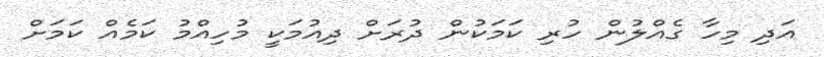
އަދި މިހާ ގެއްލުން ހުރި ކަމަކުން ދުރަށް ދިއުމަކީ މުހިއްމު ކަމެއް ކަމަށް